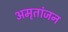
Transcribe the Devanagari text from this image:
अमृतांजन